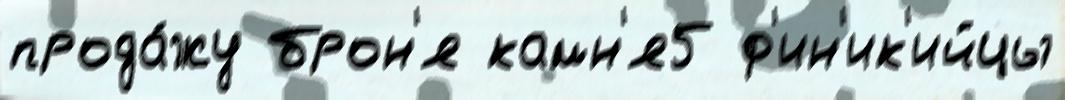
прода́жу брон'я камн'я5 ф'ин'ик'ийцы